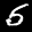
Label: 5